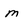
Character: m